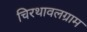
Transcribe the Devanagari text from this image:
चिरथावलग्राम